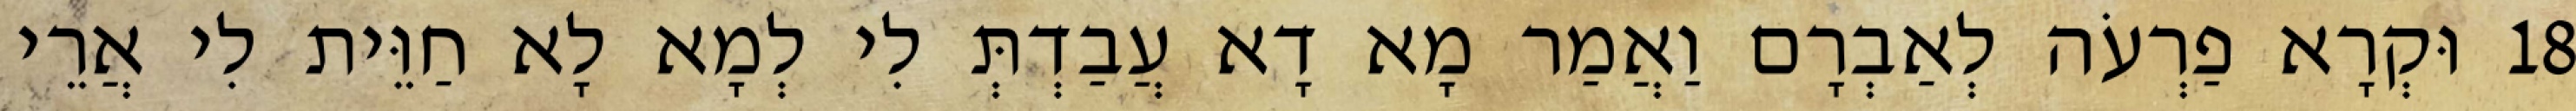
18 וּקְרָא פַרְעֹה לְאַבְרָם וַאֲמַר מָא דָא עֲבַדְתְּ לִי לְמָא לָא חַוֵּית לִי אֲרֵי